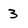
Character: 3